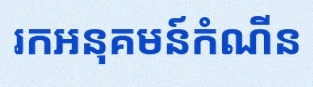
រកអនុគមន៍កំណើន